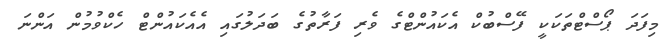
މިފަދަ ޕޯސްޓްތަކަކީ ފޭސްބުކް އެކައުންޓްގެ ވެރި ފަރާތުގެ ބަދަލުގައި އެއެކައުންޓް ހެކްވުމުން އަންނަ